Scientific memoirs by medical officers of the Army of India - Part XII,
Year: 1901
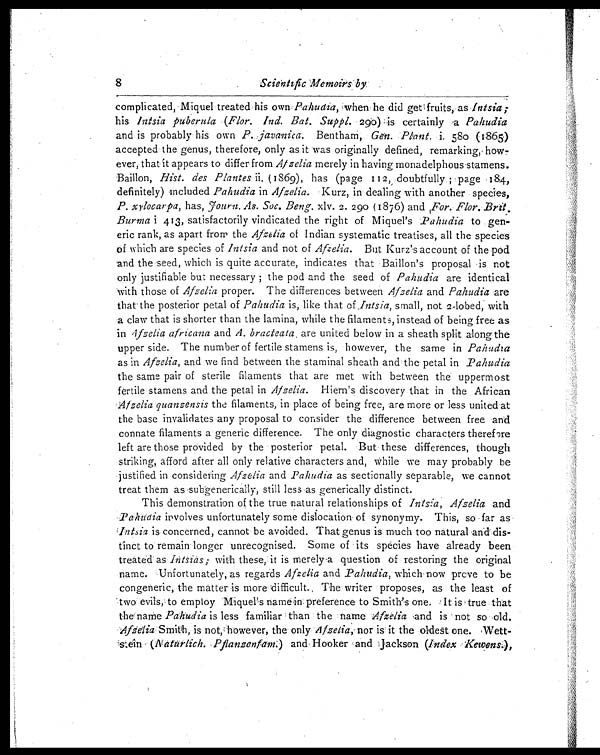
8
S c i e n t i f i c
M e m o i r s b y .
complicated, Miquel treated his own- Pahudia, when he did get fruits, as Intsia;
his Intsia puberula (Flor. Ind. Bat. Suppl. 290) is certainly a P a h u d i a
and is probably his own P. javanica. Bentham, Gen. Plant, i. 58o (1865)
accepted the genus, therefore, only as it was originally defined, remarking, how-
-ever, that it appears to differ from Afzelia merely in having monadelphous stamens.
Baillon, Hist. des Plantesi i
( 1 8 6 9 ) , h a s ( p a g e
1 1 2
, d o u b t f u l l y ; p a g e
1 8 4 ,
definitely) included Pahudia in Afzelia. Kurz, in dealing with another species,
P. xylocarpa, has, Fourn. As. Soc. .Beng. xlv. 2. 290 (1876) and For. Flor. Brit.
Burma i 413, satisfactorily vindicated the right of Miquel's Pahudia to gen-
eric rank, as apart from the Afzelia of Indian systematic treatises, all the species
of which are species of lntsia and not of Afzelia. But Kurz's account of the pod
and the seed, which is quite accurate, indicates that Baillon's proposal is not
only justifiable but necessary ; the pod and the seed of Pahudia are identical
with those of Afzelia proper. The differences between Afzelia and Pahudia are
that the posterior petal of Pahudia is, like that of .Intsia, small, not 2-lobed, with
a claw that is shorter than the lamina, while the filaments, instead of being free as
in Afzelia africana and A. bracteata . are united below in a sheath split along the
upper side. The number of fertile stamens is, however, the same in P a h u d i a
as in Afzelia, and we find between the staminal sheath and the petal in P ahudia
the same pair of sterile filaments that are met with between the uppermost
fertile stamens and the petal in Afzelia. Hien's discovery that in the African
Afzelia quanzensis the filaments, in place of being free, are more or less united at
the base invalidates any proposal to consider the difference between free and
connate filaments a generic difference. The only diagnostic characters therefore
left are those provided by the posterior petal. But these differences, though
striking, afford after all only relative characters and, While we may probably be
justified in considering Afzelia and Pahudia as sectionally separable, we cannot
treat them as .subgenerically, still less as generically distinct.
This demonstration of the true natural relationships of Inisia, Afzelia and
Pahudia involves unfortunately some dislocation of synonymy. This, so far as
Intsia is concerned, cannot be avoided. That genus is much too natural and dis-
tinct to remain longer unrecognised. Some of its species have already been
treated as Intsias ; with these, it is merely a question of restoring the original
name. Unfortunately, as regards Afzelia and Pahudia, which now prove to be
congeneric, the matter is more difficult. Thee writer proposes, as the least of
two evils, to employ Miquel's name in preference to Smith's one. It is true that
the name Pahudia is less familiar than the name Afzelia and is not so old.
Afzelia Smith, is not, however, the . only Afzelia, nor is it the oldest one.
Mett-slein - (N aturlich. Pfanzenfam.) and Hooker and Jackson (Index Kewens.),